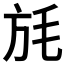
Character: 𣬵